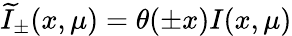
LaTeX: \widetilde I_{\pm}(x,\mu)=\theta(\pm x)I(x,\mu)